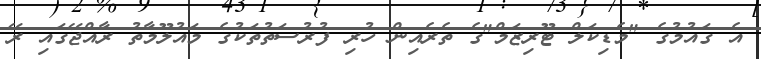
އެ ގައުމުގެ "މެޑިކަލް ޓޫރިޒަމް"ގެ ތެރެއިން ހުރި ފުރުސަތުތަކުގެ މައުލޫމާތު ރާއްޖޭގައި ރޭ